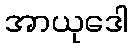
အာယုဒေါ